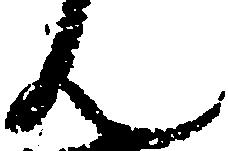
ん